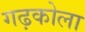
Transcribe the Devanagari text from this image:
गढ़कोला